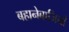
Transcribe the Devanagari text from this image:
बहानेबाजियाँ